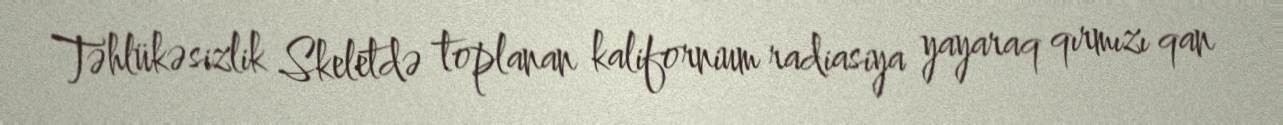
Təhlükəsizlik Skeletdə toplanan kalifornium radiasiya yayaraq qırmızı qan